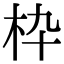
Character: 枠